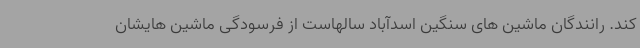
کند. رانندگان ماشین های سنگین اسدآباد سالهاست از فرسودگی ماشین هایشان